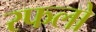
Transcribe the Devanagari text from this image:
रफलो